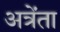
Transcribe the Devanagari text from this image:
अत्रेंता